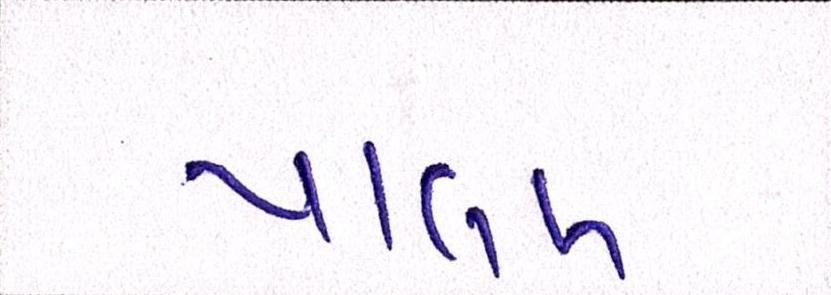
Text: પાલખ